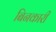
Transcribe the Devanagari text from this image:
बिनकारी